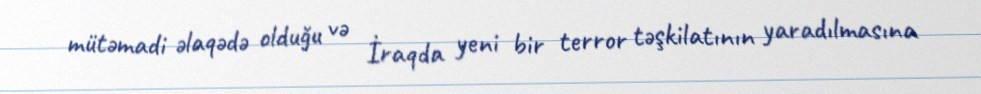
mütəmadi əlaqədə olduğu və İraqda yeni bir terror təşkilatının yaradılmasına